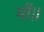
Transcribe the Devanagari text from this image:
मीं॥